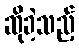
ဆိုခဲ့သည့်